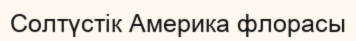
Солтүстік Америка флорасы